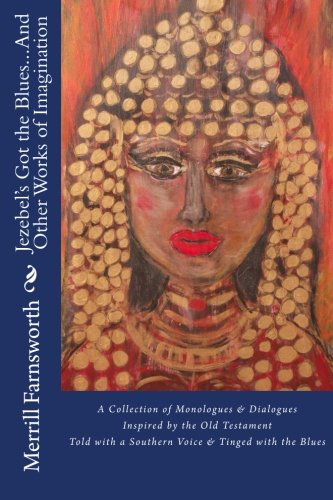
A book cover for Jezebel's Got the Blues...And Other Works of Imagination: A Collection of Monologues and Dialogues Inspired by the Old Testament, Told with a Southern Voice and Tinged with the Blues.; Merrill Farnsworth; Literature & Fiction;